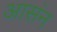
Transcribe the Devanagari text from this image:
आसंन